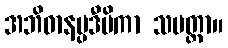
အဘိဓာနပ္ပဒီပိကာ သမတ္တာ။